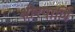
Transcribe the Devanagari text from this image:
क्षीरपाणि